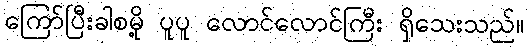
ကြော်ပြီးခါစမို့ ပူပူ လောင်လောင်ကြီး ရှိသေးသည်။